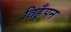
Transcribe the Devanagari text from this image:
तिहुँपन